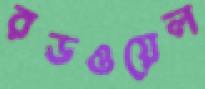
রডওয়েল